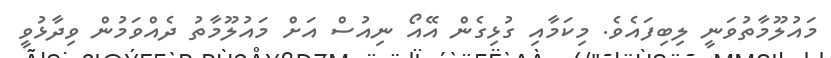
މައުލޫމާތުވަނީ ލިބިފައެވެ. މިކަމާއި ގުޅިގެން އޭއޯ ނިއުސް އަށް މައުލޫމާތު ދެއްވަމުން ވިދާޅުވީ